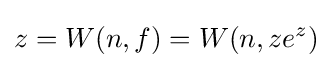
z=W(n,f)=W(n,ze^{z})